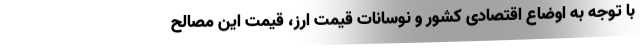
با توجه به اوضاع اقتصادی کشور و نوسانات قیمت ارز، قیمت این مصالح